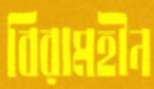
বিরামহীন